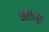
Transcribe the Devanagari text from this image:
स्तरबहुत